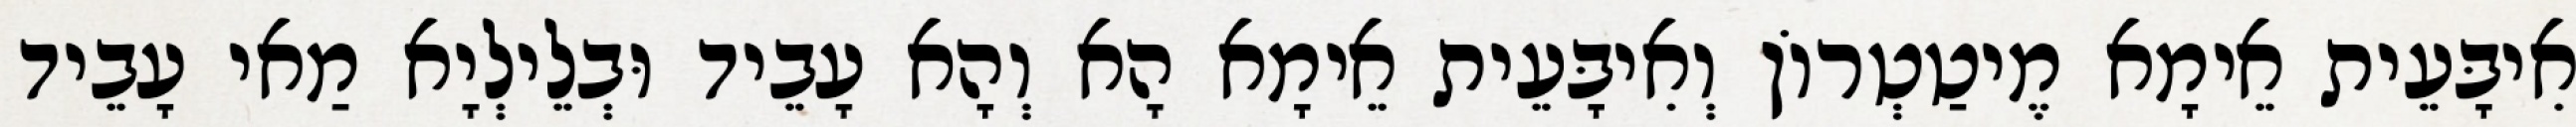
אִיבָּעֵית אֵימָא מֶיטַטְרוֹן וְאִיבָּעֵית אֵימָא הָא וְהָא עָבֵיד וּבְלֵילְיָא מַאי עָבֵיד